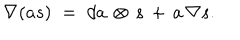
\nabla ( a s ) \; = \; d a \, \otimes \, s \, + \, a \, \nabla s .